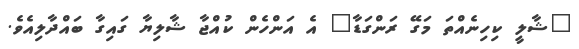
"ޝާލީ ކިިހިނެއްތަ މަގޭ ރަންގަޑާ" އެ އަންހެން ކުއްޖާ ޝާލިޔާ ގައިގާ ބައްދާލިއެވެ.